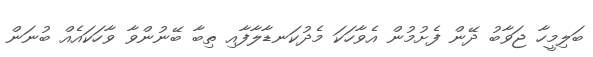
ބަލިމީހާ ޖަވާބު ދޭން ފެށުމުން އެވާހަކަ މެދުކަނޑާލާފާއި ތިބާ ބޭނުންވާ ވާހަކައެއް ބުނަން